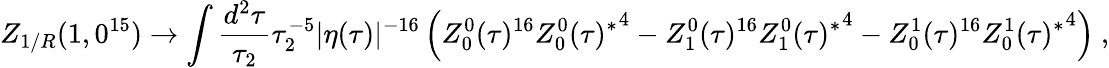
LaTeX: Z_{1/R}(1,0^{15})\to\int\frac{d^{2}\tau}{\tau_{2}}\tau_{2}^{-5}|\eta(\tau)|^{-16}\left(Z_{0}^{0}(\tau)^{16}{Z_{0}^{0}(\tau)^{*}}^{4}-Z_{1}^{0}(\tau)^{16}{Z_{1}^{0}(\tau)^{*}}^{4}-Z_{0}^{1}(\tau)^{16}{Z_{0}^{1}(\tau)^{*}}^{4}\right)\ ,